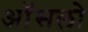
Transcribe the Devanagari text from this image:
ऑसलो